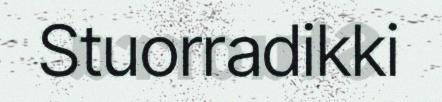
Stuorradikki